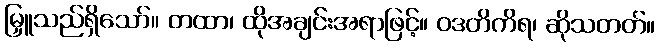
မြှူသည်ရှိသော်။ တထာ၊ ထိုအချင်းအရာဖြင့်။ ဝဒတိကိရ၊ ဆိုသတတ်။